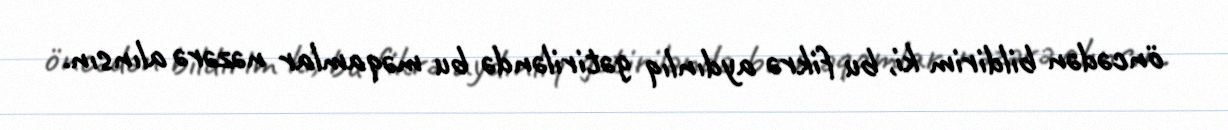
öncədən bildirim ki, bu fikrə aydınlıq gətiriləndə bu məqamlar nəzərə alınsın.